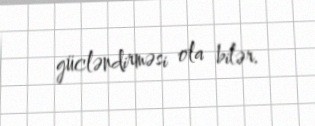
gücləndirməsi ola bilər.